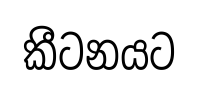
කීටනයට